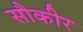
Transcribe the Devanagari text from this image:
सौकीर